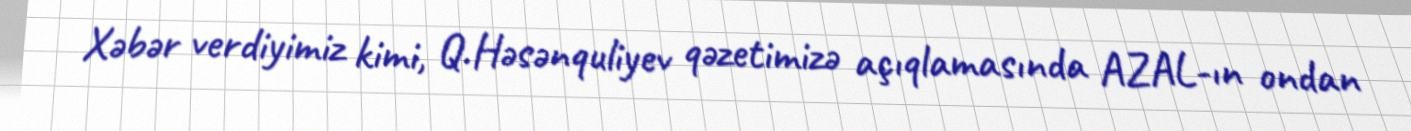
Xəbər verdiyimiz kimi, Q.Həsənquliyev qəzetimizə açıqlamasında AZAL-ın ondan